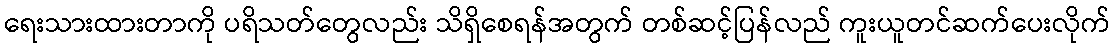
ရေးသားထားတာကို ပရိသတ်တွေလည်း သိရှိစေရန်အတွက် တစ်ဆင့်ပြန်လည် ကူးယူတင်ဆက်ပေးလိုက်